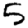
Digit: 5